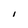
Character: I